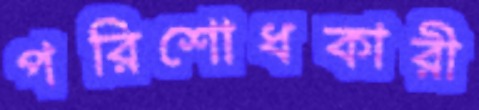
পরিশোধকারী